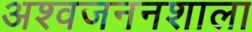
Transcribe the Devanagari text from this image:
अश्वजननशाला